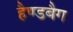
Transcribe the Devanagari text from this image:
हैण्डबैग